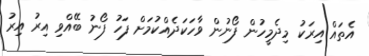
އެތައް އިރަކު މިދެމީހުން ފޯނުން ވާހަކަދެއްކުމަށް ފަހު ފޯނު ބޭއްވި އިރު އިރު